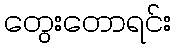
တွေးတောရင်း